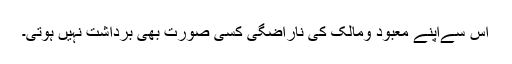
اس سےاپنے معبود ومالک کی ناراضگی کسی صورت بھی برداشت نہیں ہوتی۔